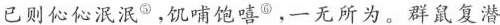
已则伈伈泯泯⑤，饥哺饱嘻⑥，一无所为。群鼠复潜